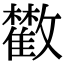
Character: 𩀼